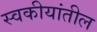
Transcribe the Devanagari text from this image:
स्वकीयांतील